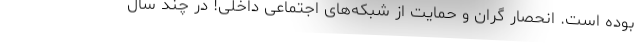
بوده است. انحصار گران و حمایت از شبکه‌های اجتماعی داخلی! در چند سال